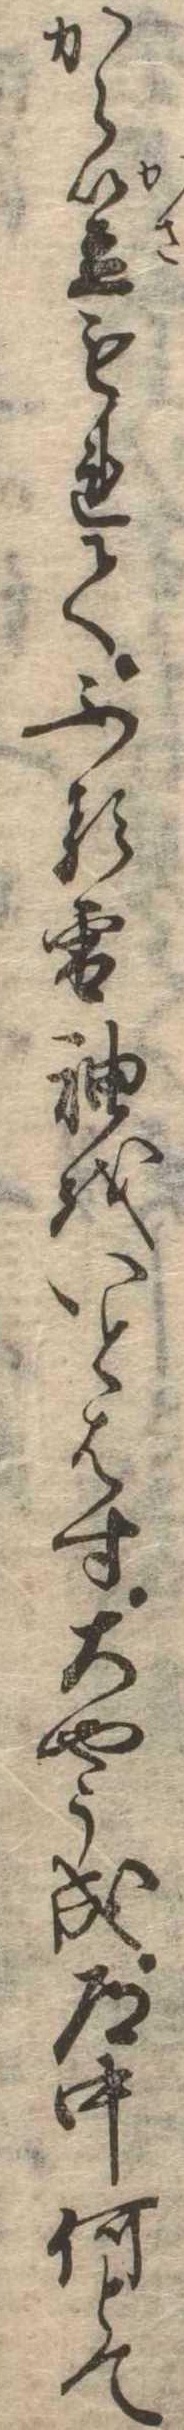
から笠もれてふる雪袖をいとはす大やう成道中何とて